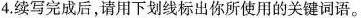
4.续写完成后,请用下划线标出你所使用的关键词语。